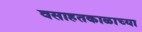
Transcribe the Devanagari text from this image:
वसाहतकाळाच्या